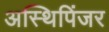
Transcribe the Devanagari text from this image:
अस्थिपिंजर